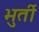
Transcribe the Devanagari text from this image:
भुर्ती